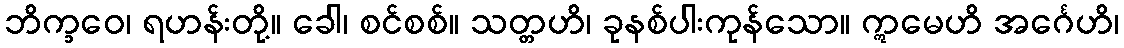
ဘိက္ခဝေ၊ ရဟန်းတို့။ ခေါ၊ စင်စစ်။ သတ္တဟိ၊ ခုနစ်ပါးကုန်သော။ ဣမေဟိ အင်္ဂေဟိ၊